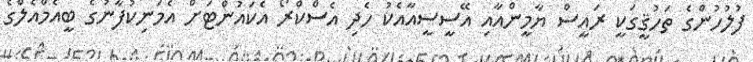
ފުލުހުންގެ ތަހުޤީގަކީ ރައީސް ޔާމީންއާއި އޭސީސީއާއެކު ހެދި އެސްކްރޯ އެކައުންޓަށް އެމަނިކުފާނުގެ ބީއެމްއެލްގެ